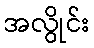
အလွိုင်း